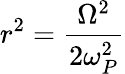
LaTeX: r^{2}=\frac{\Omega^{2}}{2\omega_{P}^{2}}